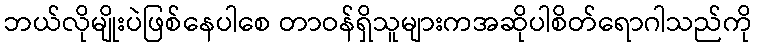
ဘယ်လိုမျိုးပဲဖြစ်နေပါစေ တာဝန်ရှိသူများကအဆိုပါစိတ်ရောဂါသည်ကို